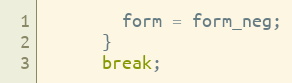
Language: C++
        form = form_neg;
      }
      break;